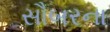
સૌબરના